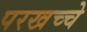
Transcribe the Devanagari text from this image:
परखच्चे